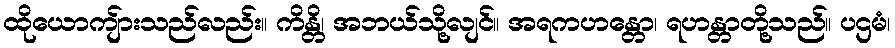
ထိုယောကျ်ားသည်လည်း။ ကိန္တိ၊ အဘယ်သို့လျင်။ အရကဟန္တော၊ ရဟန္တာတို့သည်။ ပဌမံ၊